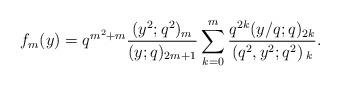
LaTeX: \begin{align*}f_m(y)=q^{m^2+m}\frac{(y^2;q^2){}_m }{(y;q){}_{2m+1}}\sum_{k=0}^{m} \frac{q^{2k}(y/q;q){}_{2k}}{ \left(q^2,y^2;q^2\right){}_{k}}.\end{align*}